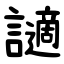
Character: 讁